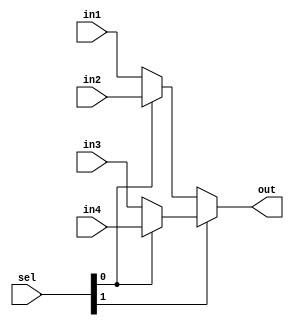
module mux4to1_16bit (in1,in2,in3,in4,sel,out);

parameter DWIDTH=16;

input [DWIDTH-1:0] in1,in2,in3,in4;

input [1:0] sel;

output [DWIDTH-1:0] out;

assign out = sel[1] ? ( sel[0] ? in4 : in3 ) : ( sel[0] ? in2 : in1 );

endmodule